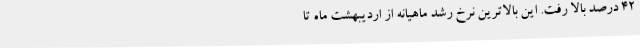
42 درصد بالا رفت. این بالاترین نرخ رشد ماهیانه از اردیبهشت ماه تا